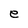
Character: e